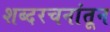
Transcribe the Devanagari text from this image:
शब्दरचनांतून